Civil Veterinary Dept. Bombay admin report 1907-1913 - 1907-1913
Year: 1907
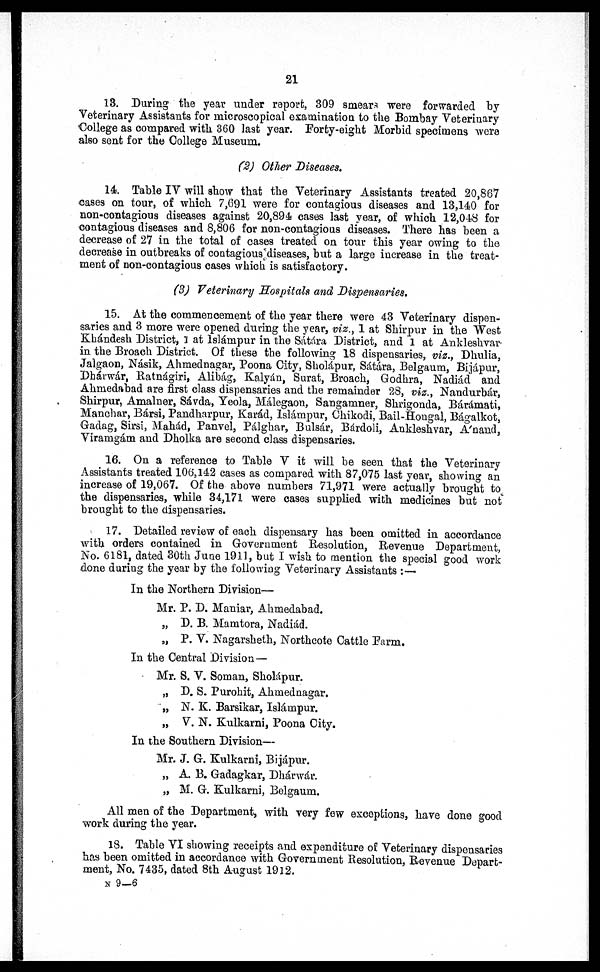
21
13. During the year under report, 309 smears were forwarded by
Veterinary Assistants for microscopical examination to the Bombay Veterinary
College as compared with 360 last year. Forty-eight Morbid specimens were
also sent for the College Museum.
(2) Other Diseases.
14. Table IV will show that the Veterinary Assistants treated 20,867
cases on tour, of which 7,691 were for contagious diseases and 13,140 for
non-contagious diseases against 20,894 cases last year, of which 12,048 for
contagious diseases and 8,806 for non-contagious diseases. There has been a
decrease of 27 in the total of cases treated on tour this year owing to the
decrease in outbreaks of contagious diseases, but a large increase in the treat-
ment of non-contagious cases which is satisfactory.
(3) Veterinary Hospitals and Dispensaries.
15. At the commencement of the year there were 43 Veterinary dispen-
saries and 3 more were opened during the year, viz., 1 at Shirpur in the West
Khándesh District, 1 at lslámpur in the Sátára District, and 1 at Ankleshvar
in the Broach District. Of these the following 18 dispensaries, viz., Dhulia,
Jalgaon, Násik, Ahmednagar, Poona City, Sholápur, Sátára, Belgaum, Bijápur,
Dhárwár, Ratnágiri, Alibág, Kalyán, Surat, Broach, Godhra, Nadiád and
Ahmedabad are first class dispensaries and the remainder 28, viz., Nandurbár,
Shirpur, Amalner, Sávda, Yeola, Málegaon, Sangamner, Shrigonda, Bárámati,
Manchar, Bársi, Pandharpur, Karád, Islámpur, Chikodi, Bail-Hongal, Bágalkot,
Gadag, Sirsi, Mahád, Panvel, Pálghar, Bulsár, Bárdoii, Ankleshvar, Anand,
Viramgám and Dholka are second class dispensaries.
16. On a reference to Table V it will be seen that the Veterinary
Assistants treated 106,142 cases as compared with 87,075 last year, showing an
increase of 19,067. Of the above numbers 71,971 were actually brought to.
the dispensaries, while 34,171 were cases supplied with medicines but not
brought to the dispensaries.
17. Detailed review of each dispensary has been omitted in accordance
with orders contained in Government Resolution, Revenue Department,
No. 6181, dated 30th June 1911, but 1 wish to mention the special good work
done during the year by the following Veterinary Assistants:—
In the Northern Division—
Mr. P. D. Maniar, Ahmedabad.
„ D. B. Mamtora, Nadiád.
„ P. V. Nagarsheth, Northcote Cattle Farm.
In the Central Division—
Mr. S. V. Soman, Sholápur.
„ D. S. Purohit, Ahmednagar.
„ N. K. Barsikar, Islámpur.
„ V. N. Kulkarni, Poona City.
In the Southern Division—
Mr. J. G. Kulkarni, Bijápur.
„ A. B. Gadagkar, Dhárwár.
„ M. G. Kulkarni, Belgaum.
All men of the Department, with very few exceptions, have done good
work during the year.
18. Table VI showing receipts and expenditure of Veterinary dispensaries
has been omitted in accordance with Government Resolution, Revenue Depart-
ment, No. 7435, dated 8th August 1912.
n 9—6